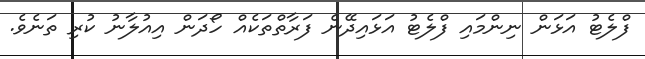
ފްލެޓު އަޅަން ނިންމައި ފްލެޓު އަޅައިދޭނެ ފަރާތްތަކެއް ހޯދަން އިއުލާނު ކުރި ތަނެވެ.